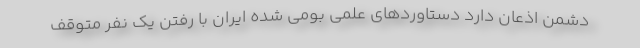
دشمن اذعان دارد دستاوردهای علمی بومی شده ایران با رفتن یک نفر متوقف